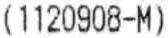
(1120908-M)